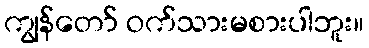
ကျွန်တော် ဝက်သားမစားပါဘူး။